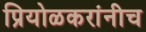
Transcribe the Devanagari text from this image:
प्रियोळकरांनीच